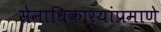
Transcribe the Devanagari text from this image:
सेनाधिकार्‍यांप्रमाणे